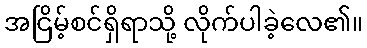
အငြိမ့်စင်ရှိရာသို့ လိုက်ပါခဲ့လေ၏။